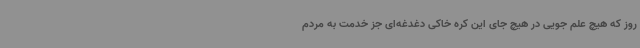
روز که هیچ علم جویی در هیچ جای این کره خاکی دغدغه‌ای جز خدمت به مردم